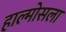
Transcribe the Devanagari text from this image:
हाल्मोसला